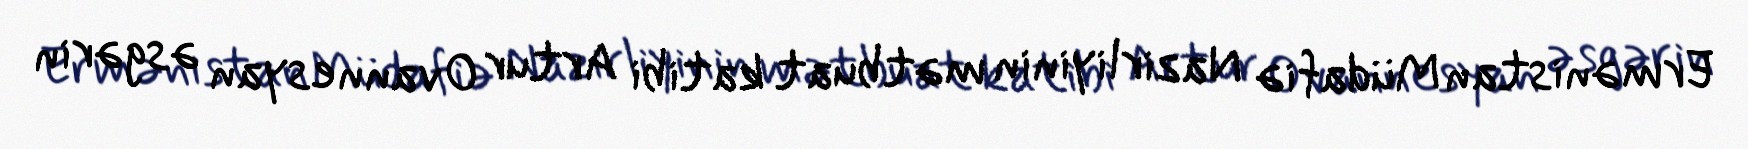
Ermənistan Müdafiə Nazirliyinin mətbuat katibi Artur Ovannesyan əsgərin